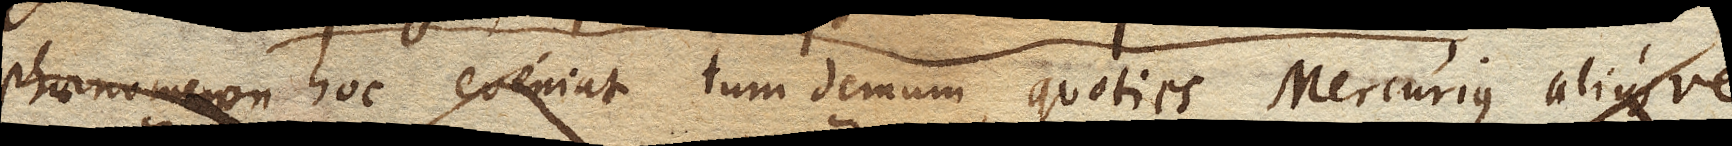
phaenomenon hoc eveniat tum demum, quoties Mercurius aliusve